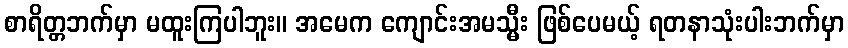
စာရိတ္တဘက်မှာ မထူးကြပါဘူး။ အမေက ကျောင်းအမသ္မီး ဖြစ်ပေမယ့် ရတနာသုံးပါးဘက်မှာ